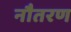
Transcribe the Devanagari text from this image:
नौतरण